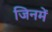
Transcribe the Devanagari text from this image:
जिनमें